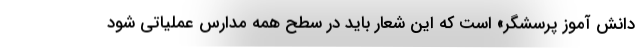
دانش آموز پرسشگر» است که این شعار باید در سطح همه مدارس عملیاتی شود